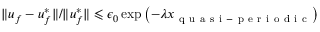
\| \boldsymbol { u } _ { f } - \boldsymbol { u } _ { f } ^ { * } \| / \| \boldsymbol { u } _ { f } ^ { * } \| \leqslant \epsilon _ { 0 } \exp \left( - \lambda x _ { \mathrm { ~ q ~ u ~ a ~ s ~ i ~ - ~ p ~ e ~ r ~ i ~ o ~ d ~ i ~ c ~ } } \right)